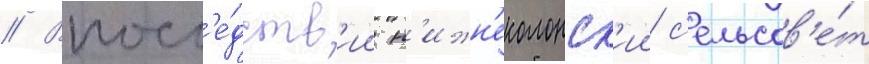
// Впосл'е́дств'ии н'ижн'еколонск'ии с'ельсов'е́т